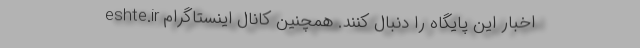
eshte.ir اخبار این پایگاه را دنبال کنند. همچنین كانال اينستاگرام